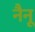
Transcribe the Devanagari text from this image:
नैनू